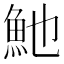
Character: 𩵔